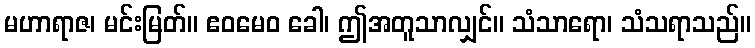
မဟာရာဇ၊ မင်းမြတ်။ ဧဝမေဝ ခေါ၊ ဤအတူသာလျှင်။ သံသာရော၊ သံသရာသည်။